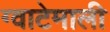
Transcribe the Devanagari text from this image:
ग्वाटेमाली